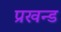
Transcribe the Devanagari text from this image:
प्रखन्ड